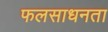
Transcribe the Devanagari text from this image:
फलसाधनता